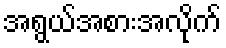
အရွယ်အစားအလိုက်